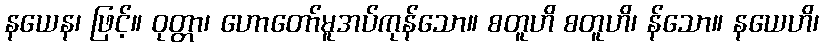
နယေန၊ ဖြင့်။ ဝုတ္တာ၊ ဟောတော်မူအပ်ကုန်သော။ စတူဟိ စတူဟိ၊ န်သော။ နယေဟိ၊